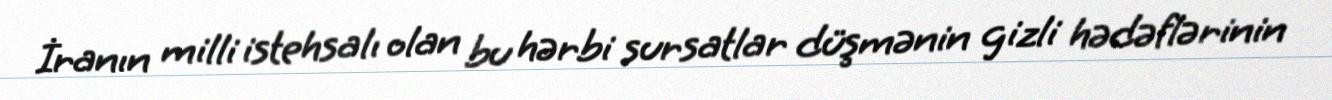
İranın milli istehsalı olan bu hərbi sursatlar düşmənin gizli hədəflərinin